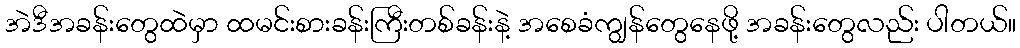
အဲဒီအခန်းတွေထဲမှာ ထမင်းစားခန်းကြီးတစ်ခန်းနဲ့ အစေခံကျွန်တွေနေဖို့ အခန်းတွေလည်း ပါတယ်။